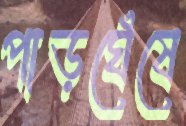
পাড়ঘেঁষে